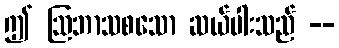
ဤ ဩဘာသစသော ဆယ်ပါးသည် --